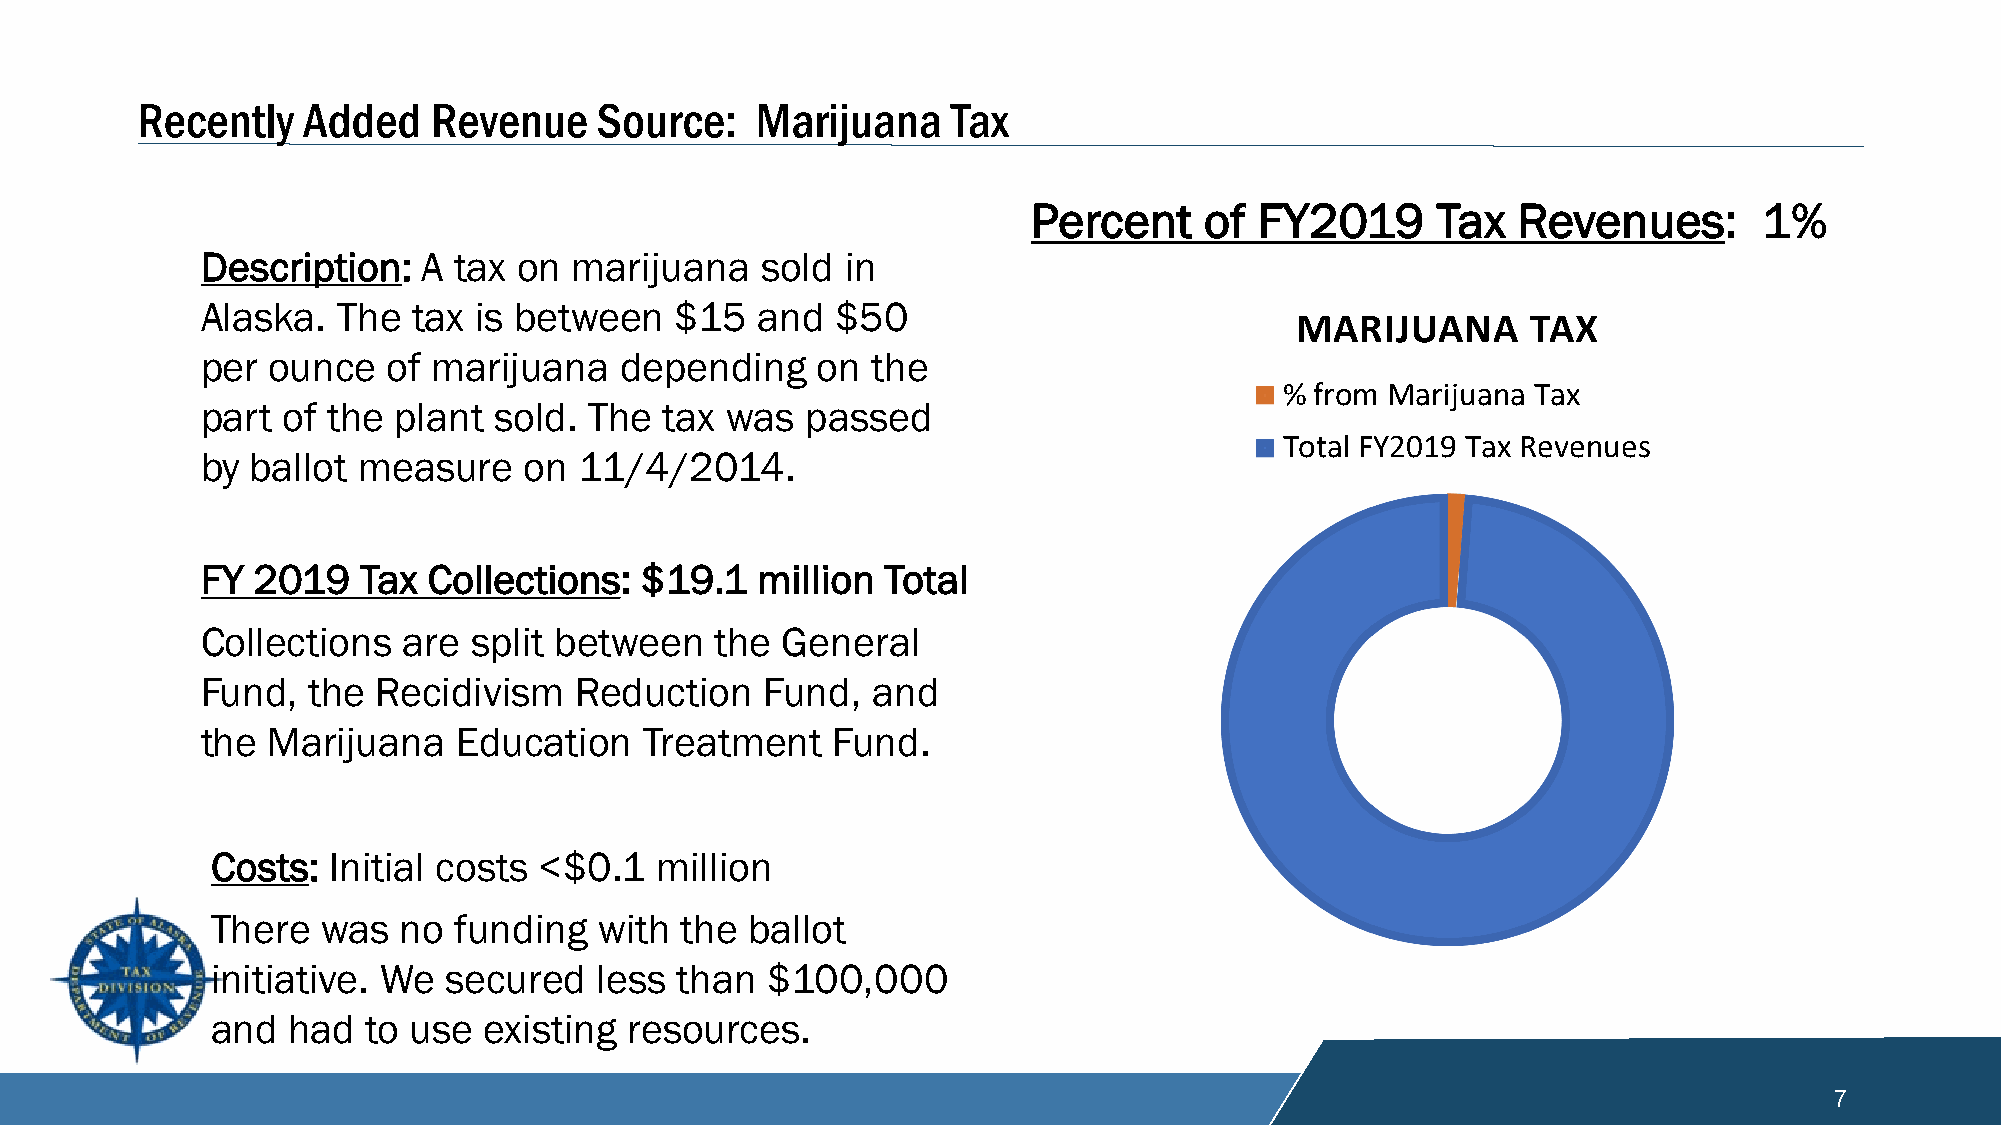
Recently   Added    Revenue   Source:    Marijuana    Tax
 Percent     of FY2019      Tax  Revenues:        1%
 Description:   A tax on  marijuana   sold  in
 Alaska.  The  tax is between    $15  and  $50
 MARIJUANA      TAX
 per  ounce   of marijuana   depending    on  the
 % from Marijuana Tax
 part  of the plant  sold. The  tax was  passed
 Total FY2019 Tax Revenues
 by  ballot measure    on 11/4/2014.
 FY  2019   Tax Collections:  $19.1   million  Total
 Collections   are split between   the  General
 Fund,  the  Recidivism   Reduction    Fund,  and
 the  Marijuana   Education    Treatment   Fund.
 Costs:  Initial costs <$0.1  million
 There  was  no  funding   with the  ballot
 initiative. We secured    less than  $100,000
 and  had  to use  existing  resources.
 7